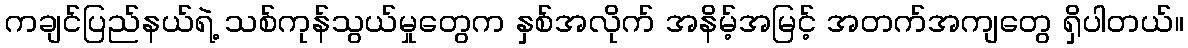
ကချင်ပြည်နယ်ရဲ့ သစ်ကုန်သွယ်မှုတွေက နှစ်အလိုက် အနိမ့်အမြင့် အတက်အကျတွေ ရှိပါတယ်။